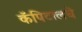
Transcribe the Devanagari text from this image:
कॅपिटालचे